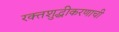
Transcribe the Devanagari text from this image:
रक्तशुद्धीकरणाची